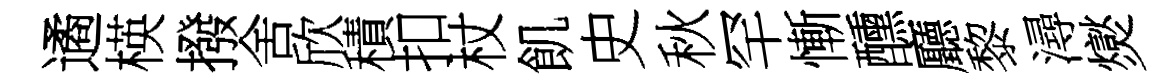
遹楧撥舍欣積扣杖飢史秋罕慚醺廳黎潯爕